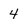
Character: 4